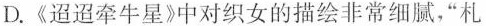
D.《迢迢牵牛星》中对织女的描绘非常细腻，“札